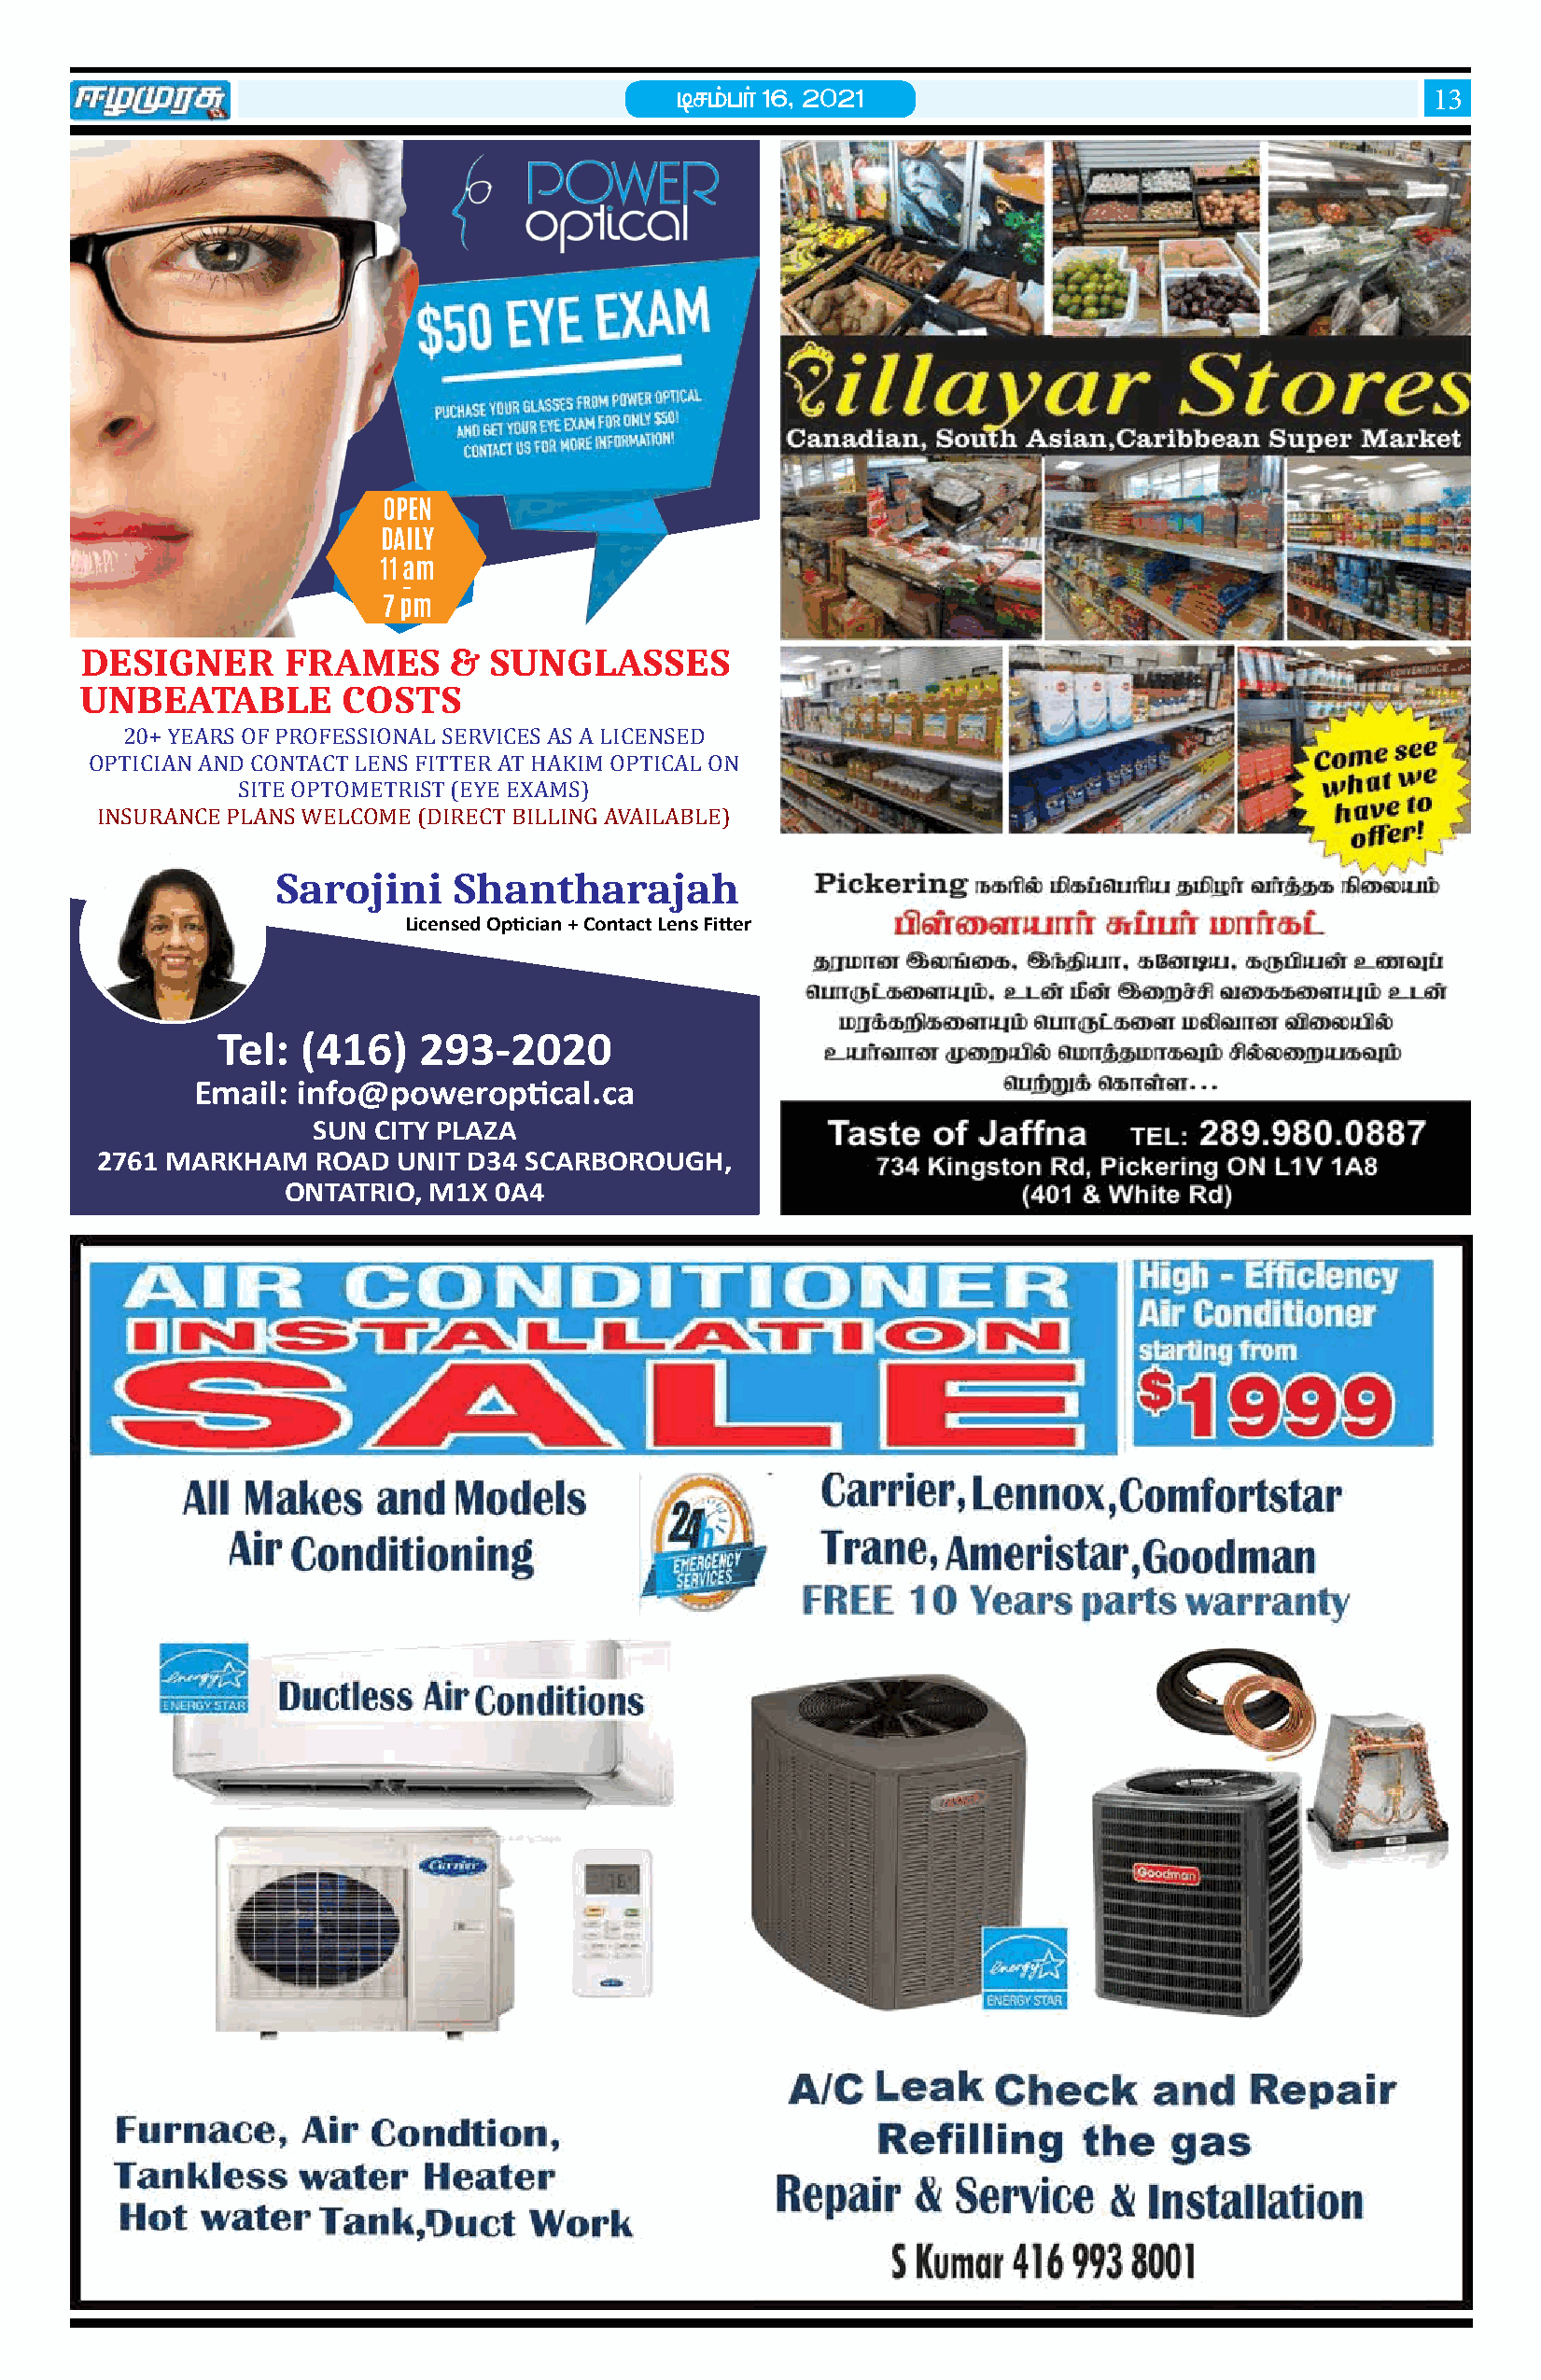
brkg; h ;; 16> 2021
 13
 OPEN
 DAILY
 11 am
 -
 7 pm
 DESIGNER      FRAMES      &  SUNGLASSES
 UNBEATABLE        COSTS
 20+ YEARS OF PROFESSIONAL SERVICES AS A LICENSED
 OPTICIAN AND CONTACT LENS FITTER AT HAKIM OPTICAL ON
 SITE OPTOMETRIST (EYE EXAMS)
 INSURANCE PLANS WELCOME (DIRECT BILLING AVAILABLE)
 Sarojini    Shantharajah
 Licensed Optician + Contact Lens Fitter
 Tel:  (416)    293-2020
 Email: info@poweroptical.ca
 SUN  CITY PLAZA
 2761 MARKHAM   ROAD  UNIT D34 SCARBOROUGH,
 ONTATRIO, M1X  0A4